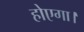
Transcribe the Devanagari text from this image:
होएगा।